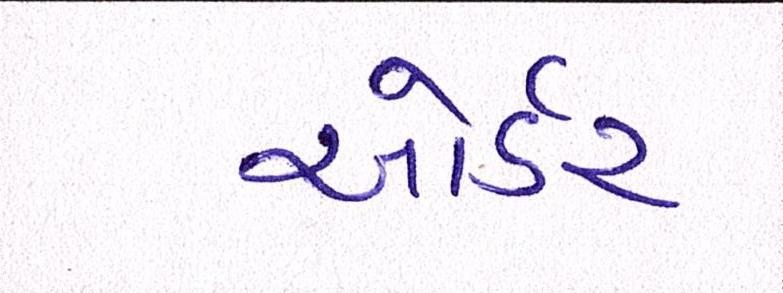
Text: ઓર્ડર